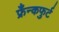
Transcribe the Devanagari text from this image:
फ्रँन्कफुर्ट